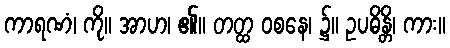
ကာရဏံ၊ ကို။ အာဟ၊ ၏။ တတ္ထ ဝစနေ၊ ၌။ ဥပဓိန္တိ၊ ကား။